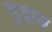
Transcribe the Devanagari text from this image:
गुदाज़